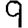
Digit: 9